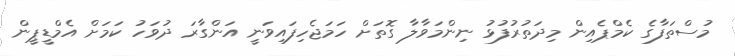
މުސްތަފާގެ ކެމްޕެއިން މިދަތުރުފުޅު ނިންމަވާލާ ގޮތަށް ހަމަޖެހިފައިވަނީ އަންގާރަ ދުވަހު ކަމަށް އެމްޑީޕީން